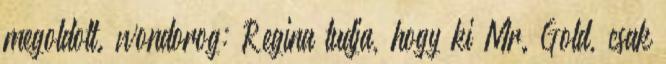
megoldott. wondorog: Regina tudja, hogy ki Mr. Gold, csak